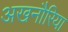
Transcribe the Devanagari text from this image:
अखनौरिया